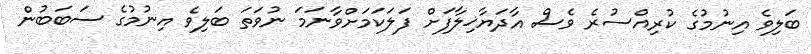
ބަލިވެ އިނުމުގެ ކުރިއްސުރެ ވެސް އާދަޔާޚިލާފަށް ފަލަކަމަށްވާނަމަ ނުވަތަ ބަލިވެ އިނުމުގެ ސަބަބުން